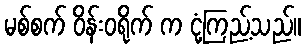
မစ်စက် ဝိန်းဝရိုက် က ငုံ့ကြည့်သည်။